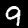
Digit: 9